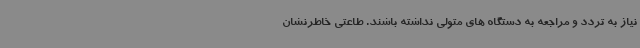
نیاز به تردد و مراجعه به دستگاه های متولی نداشته باشند. طاعتی خاطرنشان